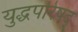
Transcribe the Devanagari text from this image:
युद्धपरिषद्